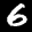
Label: 6